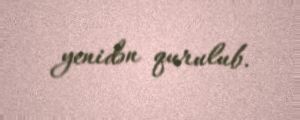
yenidən qurulub.